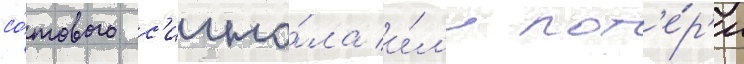
со́тового с'игна́ла и́л'и пот'е́р'и